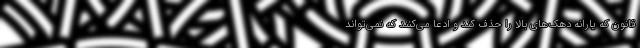
قانون که یارانه دهک‌های بالا را حذف کند و ادعا می‌کنند که نمی‌تواند